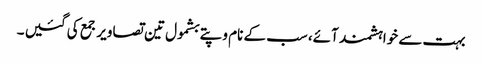
بہت سے خواہشمند آئے، سب کے نام و پتے بشمول تین تصاویر جمع کی گئیں ۔